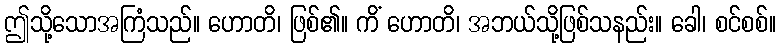
ဤသို့သောအကြံသည်။ ဟောတိ၊ ဖြစ်၏။ ကိံ ဟောတိ၊ အဘယ်သို့ဖြစ်သနည်း။ ခေါ၊ စင်စစ်။